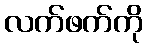
လက်ဖက်ကို